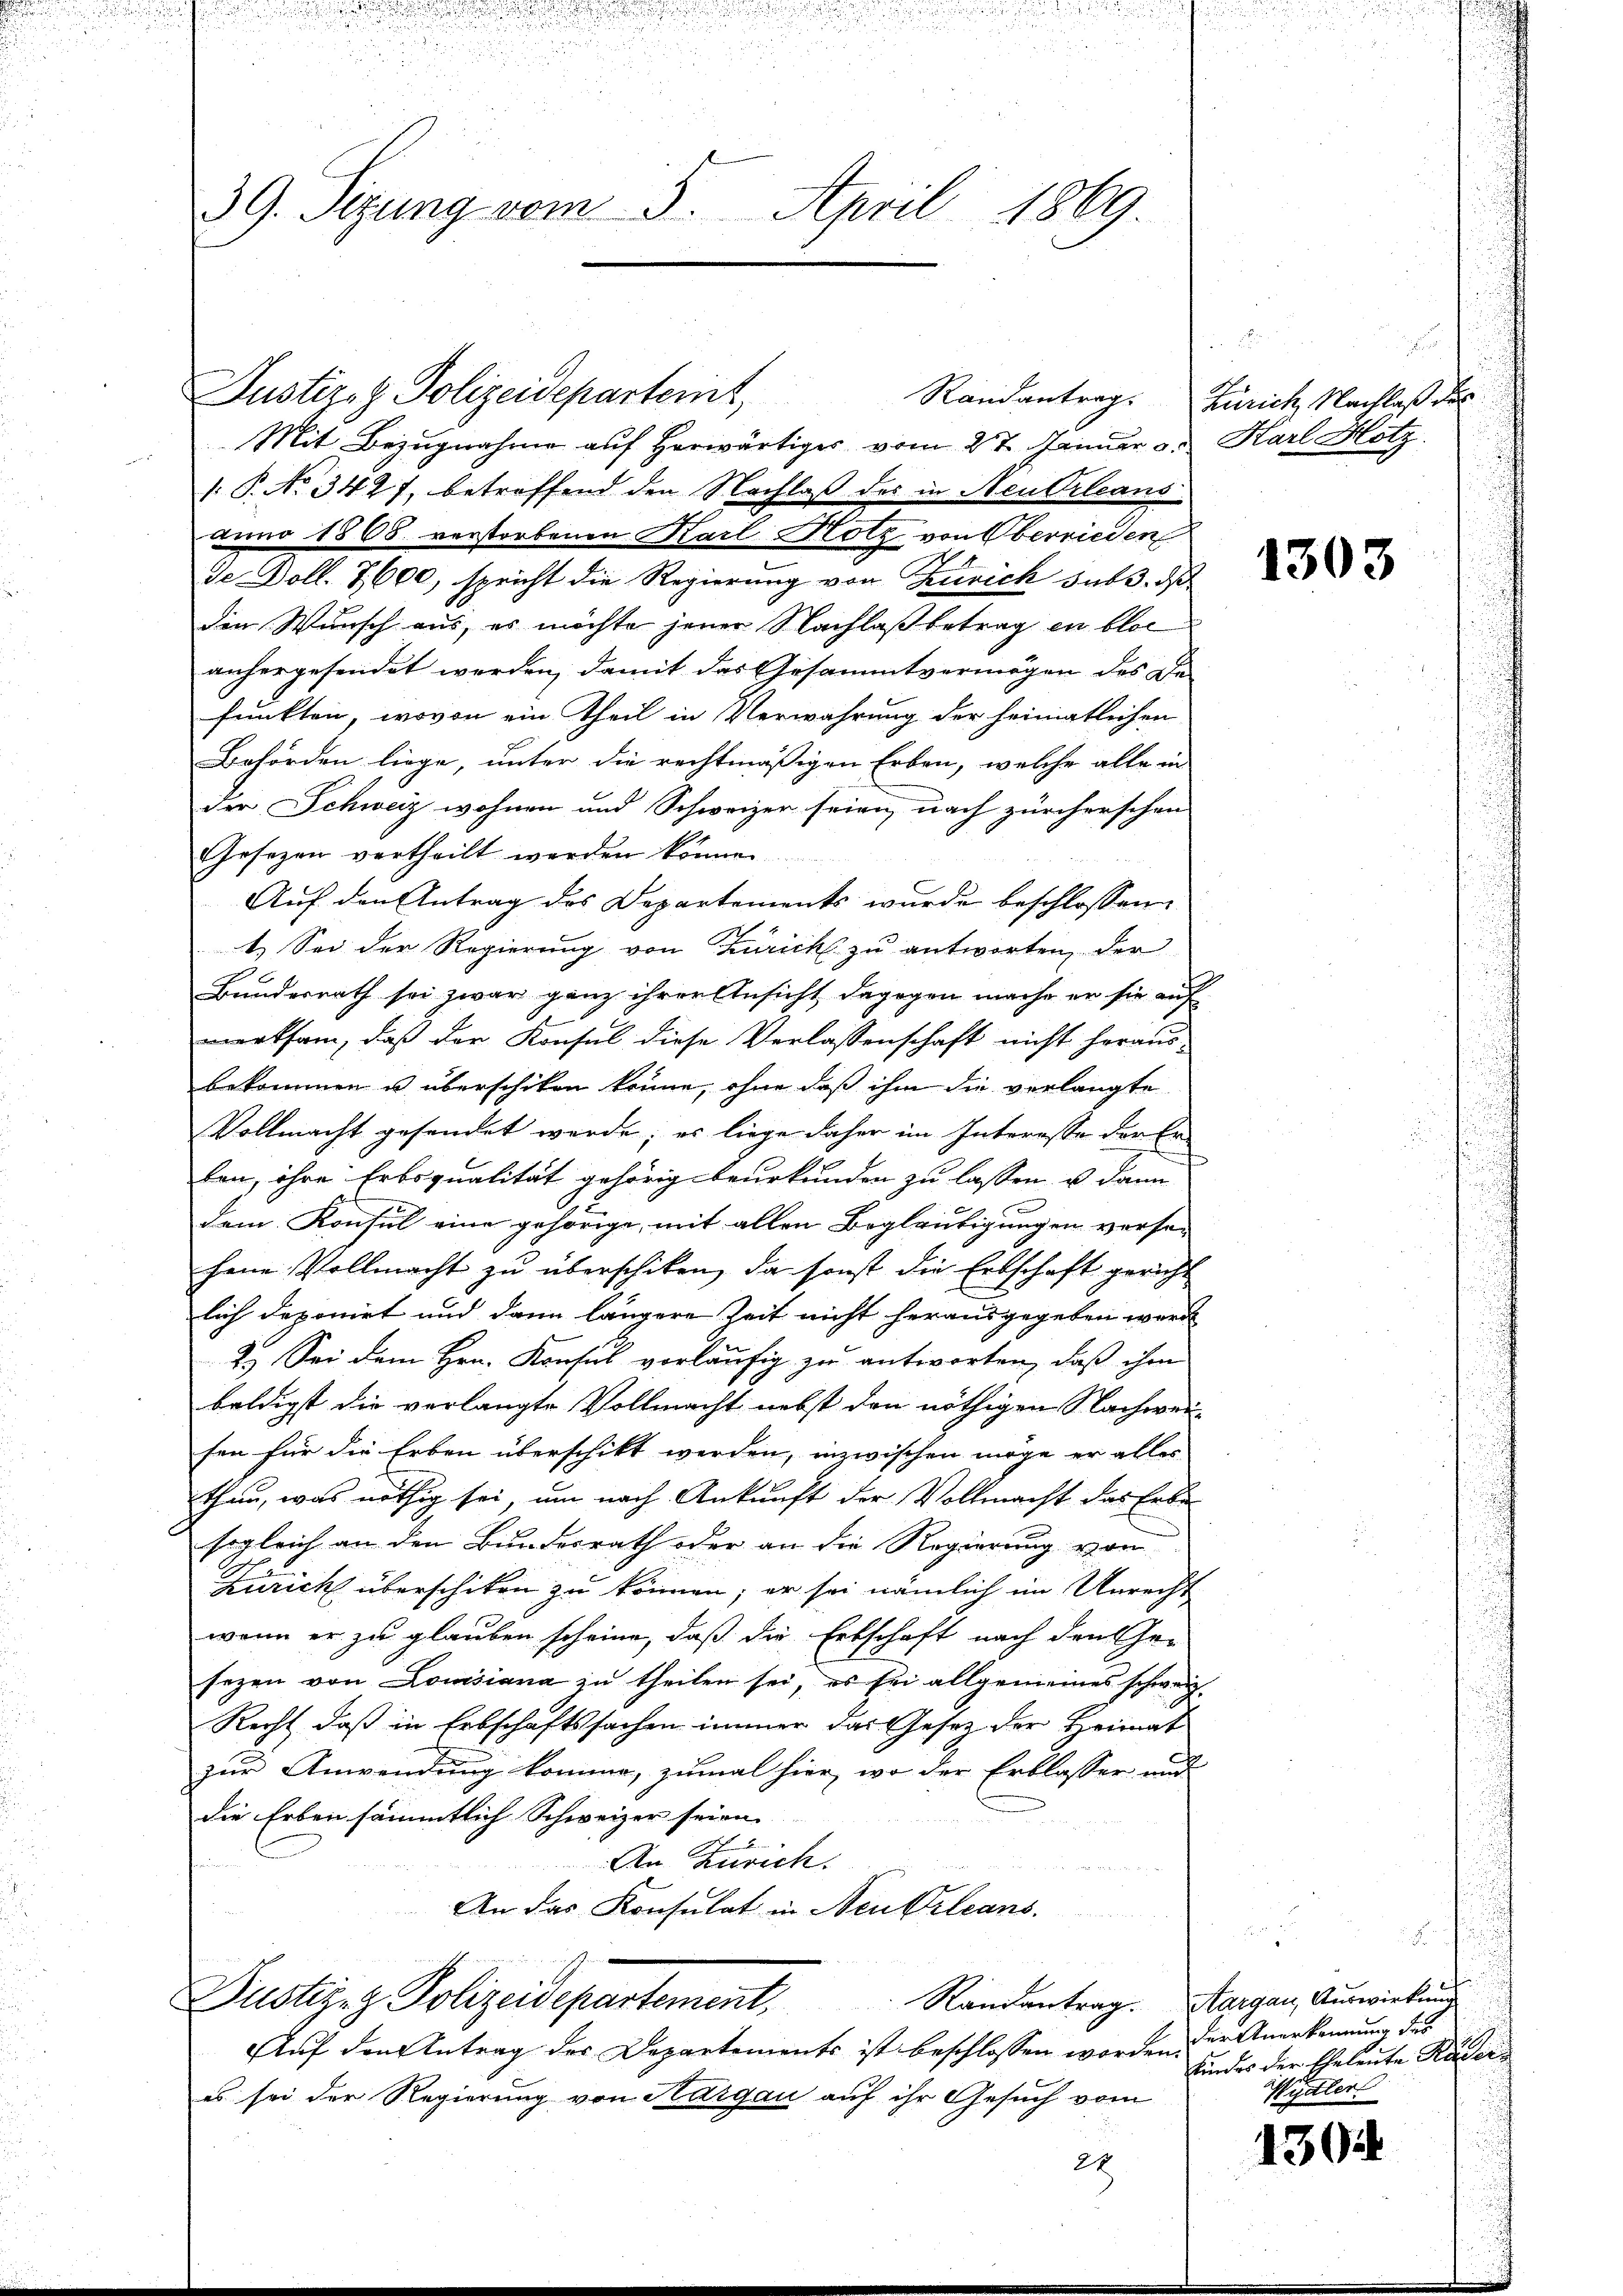
39. Sizung vom 5. April 1869

Justiz- & Polizeidepartert,
Mit Bezugnahme auf herwärtiges vom 27. Januar v. Karl Hotz
: P. No 342 f. betroffend den Nachlaß des in Neutrleans
anno 1868. verstorbenen Karl Hotz von Oberrieden
de Doll. 7600, spricht die Regierung von Zürich sub 3. daß
die Wunsch aus, es möchte jener Nachlaß betrag in bloc
anhergesendet werden, damit das Gesammtvermögen des De
funkten, wovon ein Theil in Verwahrung der heimatlichen
Behörden liege, unter die rechtmäßigen Erben, welche alle in
der Schweiz wohnen und Schweizer seien, nach zürcherschen
Gesezen vertheilt werden können.
Auf den Antrag des Departements wurde beschlossen
t. Sei der Regierŭng von Zürich zŭ antworten, der
Bundesrath sei zwar ganz ihrer Ansicht, dagegen mache er sie auf
merksam, daß der Konsul diese Verlassenschaft nicht heraus-
bekommen u. überschiken könne, ohne daß ihm die verlangte
Vollmacht gesendet werde; es liege daher im Interosse der Erben, ihre Erbsqualität gehörig beurkunden zu lassen u dann |
dem Konsul eine gehörige, mit allen Beglaubigungen versei
hene Vollmacht zu überschiken, da sonst die Erbschaft gericht
lich deponirt und dann längere Zeit nicht herausgegeben werde
2.) Sei dem Hrn. Konsul vorläufig zu antworten, daß ihm
baldigst die verlangte Vollmacht nebst den nöthigen Nachwei-
fen für die Erben überschikt werden, inzwischen möge er alles
thun, was nöthig sei, um nach Ankunft der Vollmacht das Erbe
sogleich an den Bundesrath oder an die Regierung vom
Zürich überschiken zu können; er sei nämlich im Unrecht
wenn er zu glauben scheine, daß die Erbschaft nach den Ge-
sezen von Louisiana zu theilen sei, es sei allgemeines schweiz.
Recht, daß in Erbschaftssachen immer das Gesetz der Heimat
zur Anwendung komme, zumal hier, wo der Erblasser und
die Erben sämmtlich Schweizer seien.

An Zürich.
An das Konsulat in Neukrleans
Randantrag. Aargau, Auswirkung
Justiz z. Polizeidepartement.
Auf den Antrag des Departements ist beschlossen worden.
es sei der Regierung von Hargau auf ihr Gesuch vom
22

2
Randantrag. Zürich Nachlaß der

1303

der Anerkennung des
finders der Eheleute Räder
Wydler

1304